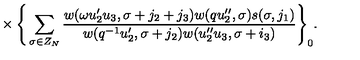
{ } \times \Bigg \{ \sum _ { \sigma \in Z _ { N } } \frac { w ( \omega u _ { 2 } ^ { \prime } u _ { 3 } , \sigma + j _ { 2 } + j _ { 3 } ) w ( q u _ { 2 } ^ { \prime \prime } , \sigma ) s ( \sigma , j _ { 1 } ) } { w ( q ^ { - 1 } u _ { 2 } ^ { \prime } , \sigma + j _ { 2 } ) w ( u _ { 2 } ^ { \prime \prime } u _ { 3 } , \sigma + i _ { 3 } ) } \Bigg \} _ { 0 } .